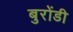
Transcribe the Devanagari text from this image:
बुरोंडी